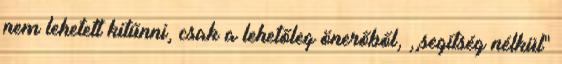
nem lehetett kitűnni, csak a lehetőleg önerőből, ,,segítség nélkül"